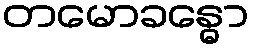
တမောခန္ဓော